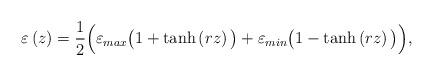
LaTeX: \begin{align*}\varepsilon\left(z\right)=\frac{1}{2}\Big(\varepsilon_{max}\big(1+\tanh \left(rz\right)\big)+\varepsilon_{min}\big(1-\tanh \left(rz\right)\big)\Big),\end{align*}